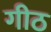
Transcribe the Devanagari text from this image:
गीठ